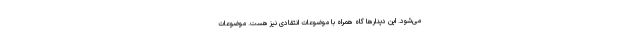
می‌شود. این دیدارها گاه همراه با موضوعات انتقادی نیز هست. موضوعات